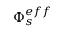
\Phi _ { s } ^ { e f f }